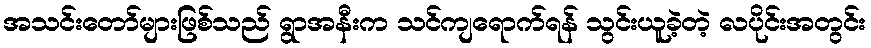
အသင်းတော်များဖြစ်သည် ရွာအနီးက သင်ကျရောက်ရန် သွင်းယူခဲ့တဲ့ လပိုင်းအတွင်း